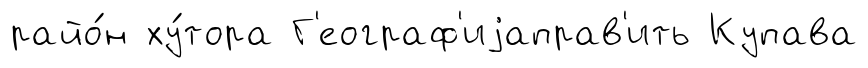
райо́н ху́тора Г'еограф'иjаправ'ить Купава